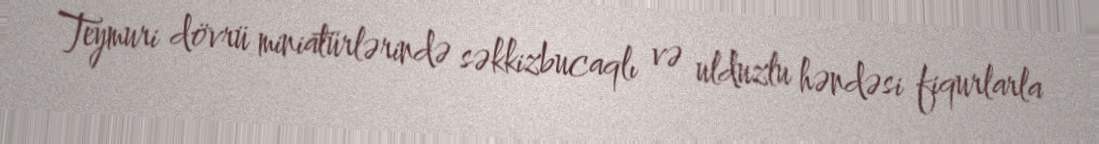
Teymuri dövrü miniatürlərində səkkizbucaqlı və ulduzlu həndəsi fiqurlarla